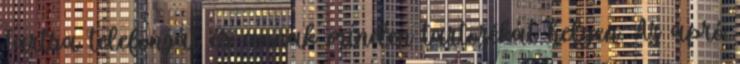
Tartsa telefonját és annak minden tartozékát helyen. Az apró